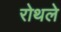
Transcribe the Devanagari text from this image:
रोथले